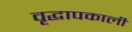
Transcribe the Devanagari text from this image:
वृद्धापकाली